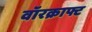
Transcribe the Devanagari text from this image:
वॉरक्राफ्ट